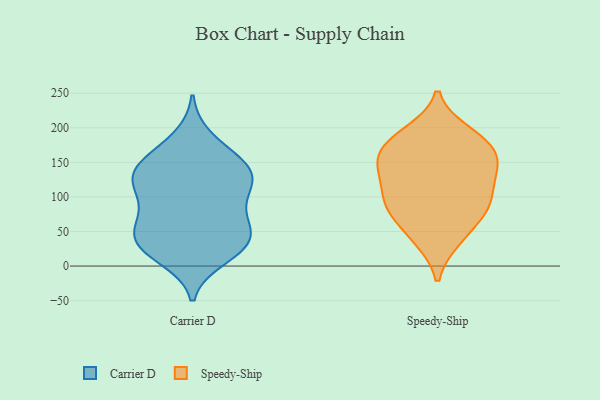
{"axis": {"x": "Headcount", "y": "Value"}, "legend": ["Carrier D", "Speedy-Ship"], "data": [{"x": "", "y": 69, "type": "Carrier D"}, {"x": "", "y": 80, "type": "Carrier D"}, {"x": "", "y": 35, "type": "Carrier D"}, {"x": "", "y": 67, "type": "Carrier D"}, {"x": "", "y": 115, "type": "Carrier D"}, {"x": "", "y": 25, "type": "Carrier D"}, {"x": "", "y": 185, "type": "Carrier D"}, {"x": "", "y": 12, "type": "Carrier D"}, {"x": "", "y": 25, "type": "Carrier D"}, {"x": "", "y": 141, "type": "Carrier D"}, {"x": "", "y": 47, "type": "Carrier D"}, {"x": "", "y": 47, "type": "Carrier D"}, {"x": "", "y": 164, "type": "Carrier D"}, {"x": "", "y": 117, "type": "Carrier D"}, {"x": "", "y": 110, "type": "Carrier D"}, {"x": "", "y": 32, "type": "Carrier D"}, {"x": "", "y": 144, "type": "Carrier D"}, {"x": "", "y": 141, "type": "Carrier D"}, {"x": "", "y": 140, "type": "Carrier D"}, {"x": "", "y": 119, "type": "Carrier D"}, {"x": "", "y": 125, "type": "Speedy-Ship"}, {"x": "", "y": 193, "type": "Speedy-Ship"}, {"x": "", "y": 188, "type": "Speedy-Ship"}, {"x": "", "y": 40, "type": "Speedy-Ship"}, {"x": "", "y": 81, "type": "Speedy-Ship"}, {"x": "", "y": 150, "type": "Speedy-Ship"}, {"x": "", "y": 102, "type": "Speedy-Ship"}, {"x": "", "y": 179, "type": "Speedy-Ship"}, {"x": "", "y": 156, "type": "Speedy-Ship"}, {"x": "", "y": 82, "type": "Speedy-Ship"}, {"x": "", "y": 38, "type": "Speedy-Ship"}, {"x": "", "y": 173, "type": "Speedy-Ship"}, {"x": "", "y": 152, "type": "Speedy-Ship"}, {"x": "", "y": 78, "type": "Speedy-Ship"}, {"x": "", "y": 141, "type": "Speedy-Ship"}, {"x": "", "y": 88, "type": "Speedy-Ship"}, {"x": "", "y": 119, "type": "Speedy-Ship"}]}